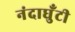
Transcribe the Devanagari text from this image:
नंदाघुँटी